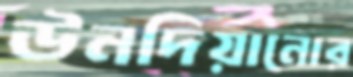
উনদিয়ানোর